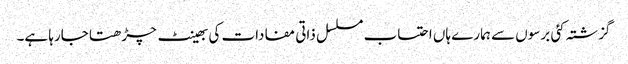
گزشتہ کئی برسوں سے ہمارے ہاں احتساب مسلسل ذاتی مفادات کی بھینٹ چڑھتا جارہا ہے۔